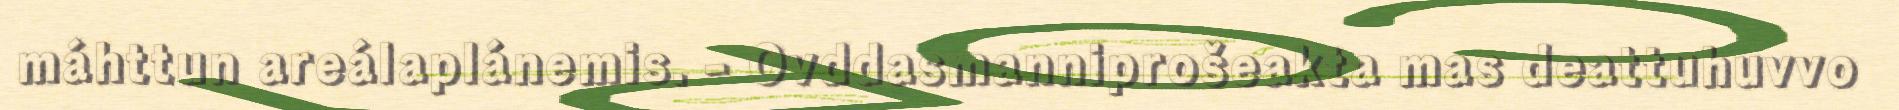
máhttun areálaplánemis. - Ovddasmanniprošeakta mas deattuhuvvo